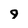
Character: 9